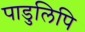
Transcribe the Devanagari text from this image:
पाडुलिपि